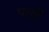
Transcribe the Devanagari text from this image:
पत्त्नी